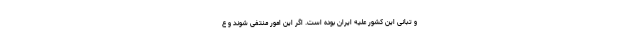
و تبانی این کشور علیه ایران بوده است. اگر این امور منتفی شوند و ع